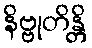
နိဗ္ဗုတိန္တိ